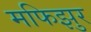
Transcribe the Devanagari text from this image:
मफिझुर